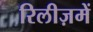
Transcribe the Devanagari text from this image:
रिलीज़में